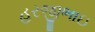
હરજીભાઇ